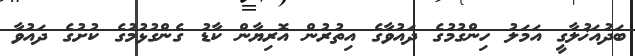
ބަދުއަޚުލާގީ އަމަލު ހިންގުމުގެ ދައުވާގެ އިތުރުން އޮރިޔާން ކާޑު ގެންގުޅުމުގެ ކުށުގެ ދައުވާ